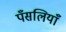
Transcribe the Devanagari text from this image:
पँसलियाँ